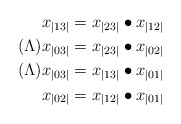
\begin{align*}x_{|13|}= x_{|23|}\bullet x_{|12|}\\(\Lambda) x_{|03|}= x_{|23|}\bullet x_{|02|} \\(\Lambda) x_{|03|}= x_{|13|}\bullet x_{|01|} \\x_{|02|}= x_{|12|}\bullet x_{|01|}\end{align*}